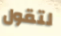
لتقول